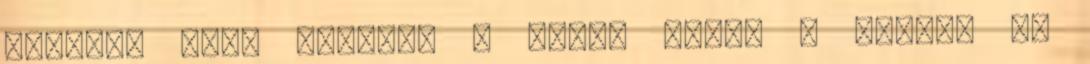
akarom, hogy eladják a fejem fölül a kérót, ha